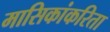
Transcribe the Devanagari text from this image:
मासिकांकरिता